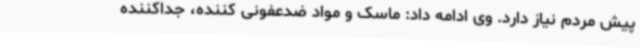
پیش مردم نیاز دارد. وی ادامه داد: ماسک و مواد ضدعفونی کننده، جداکننده